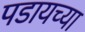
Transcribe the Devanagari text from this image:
पडायच्या